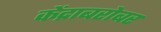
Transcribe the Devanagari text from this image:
केंद्राबरोबर